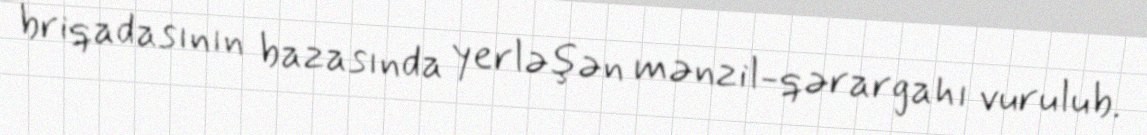
briqadasının bazasında yerləşən mənzil-qərargahı vurulub.